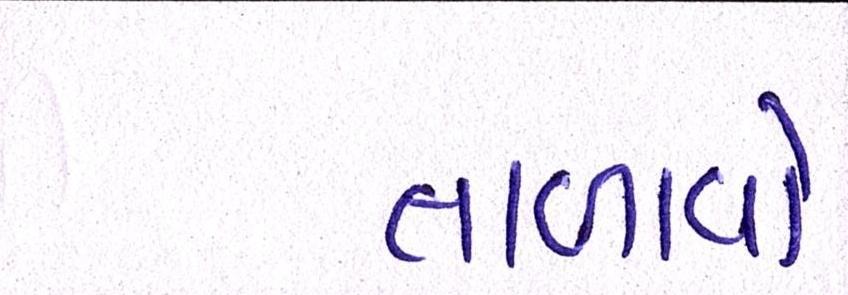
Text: તાળાવો